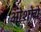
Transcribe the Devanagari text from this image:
ओशोचे